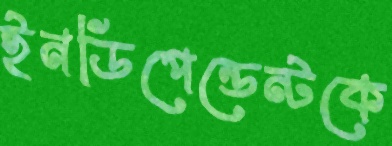
ইনডিপেন্ডেন্টকে